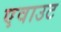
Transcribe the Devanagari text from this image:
एवाउट